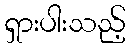
ရှားပါးသည့်